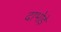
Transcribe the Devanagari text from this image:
दाभोड़े